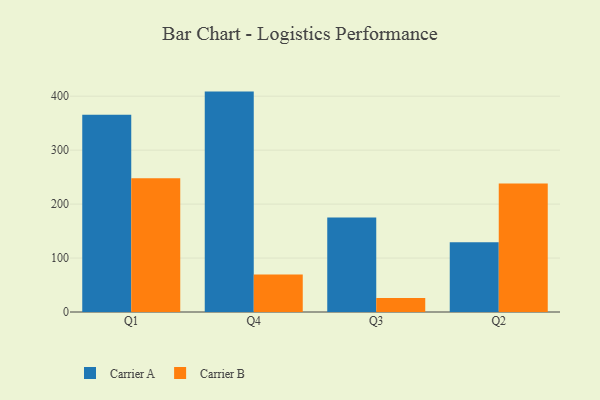
{"axis": {"x": "Quarter", "y": "Satisfaction Score"}, "legend": ["Carrier A", "Carrier B"], "data": [{"x": "Q1", "y": 365.6, "type": "Carrier A"}, {"x": "Q1", "y": 247.8, "type": "Carrier B"}, {"x": "Q4", "y": 408.5, "type": "Carrier A"}, {"x": "Q4", "y": 69.7, "type": "Carrier B"}, {"x": "Q3", "y": 175.0, "type": "Carrier A"}, {"x": "Q3", "y": 26.1, "type": "Carrier B"}, {"x": "Q2", "y": 129.1, "type": "Carrier A"}, {"x": "Q2", "y": 238.1, "type": "Carrier B"}]}